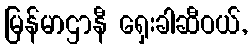
မြန်မာဌာနီ ရှေးခါဆီဝယ်,